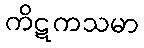
ကိဋကသမာ